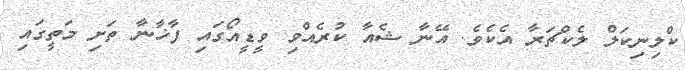
ކްލިނިކަލް ލެކްޗަރާ އެކެވެ. އޭނާ ޝެއާ ކުރެއްވި ވީޑީއޯގައި ފާޚާނާ ތަށި މަތީގައި